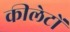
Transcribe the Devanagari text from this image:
कीलेटों